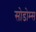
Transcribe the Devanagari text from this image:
सोडोम्स